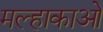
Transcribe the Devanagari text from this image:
मल्हाकाओ